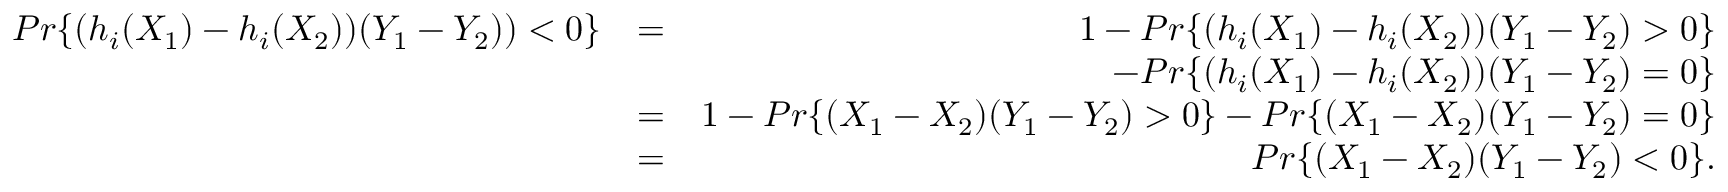
\begin{array} { r l r } { P r \{ ( h _ { i } ( X _ { 1 } ) - h _ { i } ( X _ { 2 } ) ) ( Y _ { 1 } - Y _ { 2 } ) ) < 0 \} } & { = } & { 1 - P r \{ ( h _ { i } ( X _ { 1 } ) - h _ { i } ( X _ { 2 } ) ) ( Y _ { 1 } - Y _ { 2 } ) > 0 \} } \\ & { } & { - P r \{ ( h _ { i } ( X _ { 1 } ) - h _ { i } ( X _ { 2 } ) ) ( Y _ { 1 } - Y _ { 2 } ) = 0 \} } \\ & { = } & { 1 - P r \{ ( X _ { 1 } - X _ { 2 } ) ( Y _ { 1 } - Y _ { 2 } ) > 0 \} - P r \{ ( X _ { 1 } - X _ { 2 } ) ( Y _ { 1 } - Y _ { 2 } ) = 0 \} } \\ & { = } & { P r \{ ( X _ { 1 } - X _ { 2 } ) ( Y _ { 1 } - Y _ { 2 } ) < 0 \} . } \end{array}